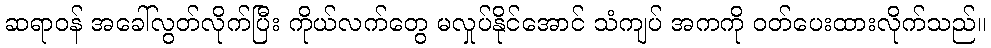
ဆရာဝန် အခေါ်လွတ်လိုက်ပြီး ကိုယ်လက်တွေ မလှုပ်နိုင်အောင် သံကျပ် အကကို ဝတ်ပေးထားလိုက်သည်။